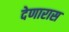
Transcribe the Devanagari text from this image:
देणारास